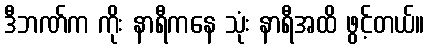
ဒီဘဏ်က ကိုး နာရီကနေ သုံး နာရီအထိ ဖွင့်တယ်။